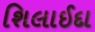
શિલાઈદા